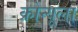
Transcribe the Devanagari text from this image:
क्रोन्यूला